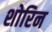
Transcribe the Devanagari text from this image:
शोरिन